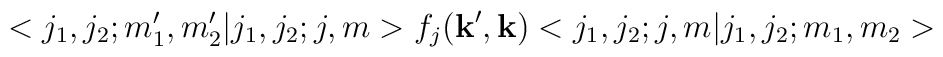
<j_1,j_2;m_1^\prime,m_2^\prime|j_1,j_2;j,m>f_j({\bf k}^\prime, {\bf k}) <j_1,j_2;j,m|j_1,j_2;m_1,m_2>